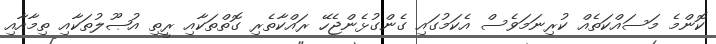
ކޮންމެ މަސައްކަތެއް ކުރިނަމަވެސް އެކަމުގައި ގެންގުޅެންޖެހޭ ރައްކާތެރި ގޮތްތަކާއި ރީތި އުޞޫލުތަކާއި ތިމާއާއި